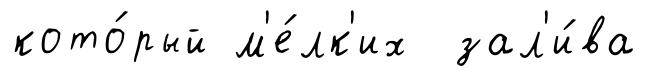
кото́рый м'е́лк'их зал'и́ва